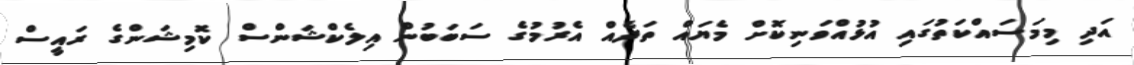
އަދި މިމަސައްކަތުގައި އުޅުއްވަނިކޮށް މެޔައް ތަދެއް އެރުމުގެ ސަބަބުން އިލެކްޝަންސް ކޮމިޝަންގެ ރައީސް